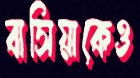
বাসিয়াকেও